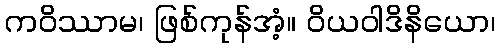
ကဝိဿာမ၊ ဖြစ်ကုန်အံ့။ ဝိယဝါဒိနိယော၊